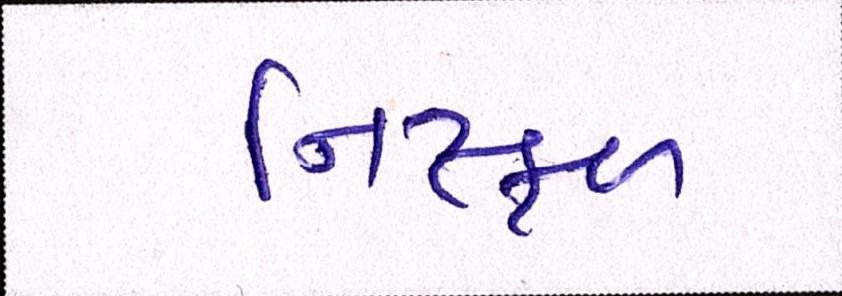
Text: નિષ્ફળ